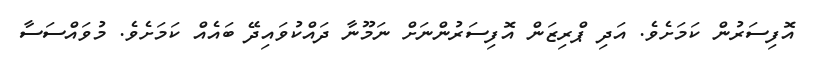
އޮފިސަރުން ކަމަށެވެ. އަދި ޕްރިޒަން އޮފިސަރުންނަށް ނަމޫނާ ދައްކުވައިދޭ ބައެއް ކަމަށެވެ. މުވައްސަސާ